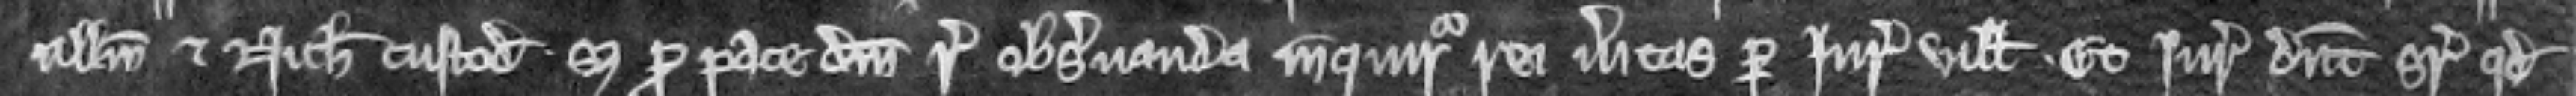
nullum et Nicholaus custodiatur. Set pro pace domini regis observanda inquiratur rei veritas per juratores ville. Et juratores dicunt similiter quod